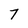
Character: 7